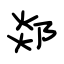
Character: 郯